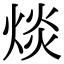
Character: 㷋